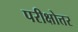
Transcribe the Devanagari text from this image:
परीक्षोत्तर